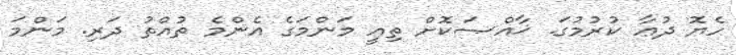
ހެޔޮ ދުޢާ ކުރުމުގަ. ޚާއްޞަކޮށް ތިއީ މަންމަގެ އެންމެ ތުއްތު ދަރި. މަންމަ